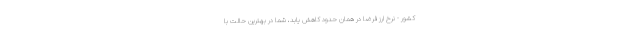
کشور - نرخ ارز فرضاً در همان حدود کاهش یابد، شما در بهترین حالت با